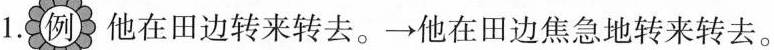
1.例他在田边转来转去。\rightarrow他在田边焦急地转来转去。